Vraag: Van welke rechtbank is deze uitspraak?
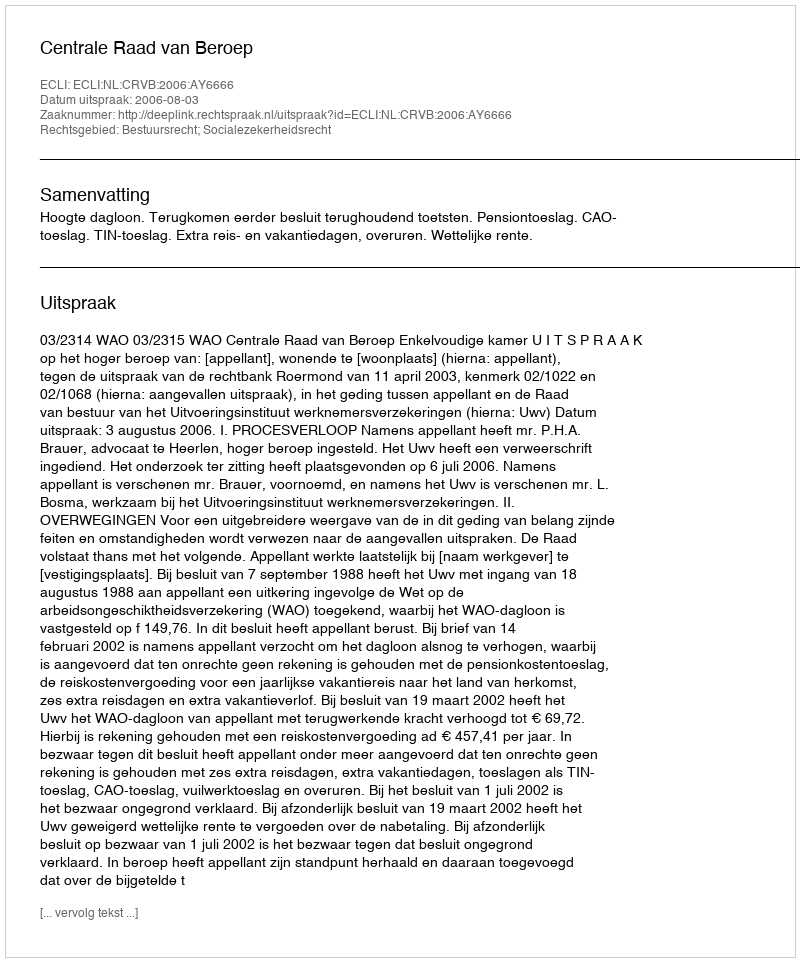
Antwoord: Centrale Raad van Beroep